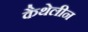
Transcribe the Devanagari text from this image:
कैथेलीन